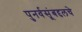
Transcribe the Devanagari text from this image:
पुनर्वसूंबद्दलचे